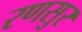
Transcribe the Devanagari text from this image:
रणसुर